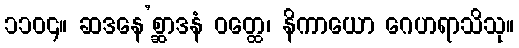
၁၁၀၄။ ဆဒနေ’စ္ဆာဒနံ ဝတ္ထေ၊ နိကာယော ဂေဟရာသိသု။